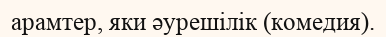
арамтер, яки әурешілік (комедия).